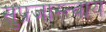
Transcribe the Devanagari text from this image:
सुप्रजास्त्वाय